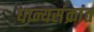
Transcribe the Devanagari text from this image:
धान्यसंक्रांत